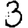
Digit: 3